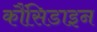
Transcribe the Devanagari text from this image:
कौंसिडाइन